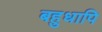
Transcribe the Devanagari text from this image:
बहुधापि